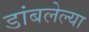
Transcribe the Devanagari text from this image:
डांबलेल्या